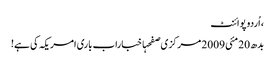
، اُردو پوائنٹ
بدھ 20 مئی 2009 مرکزی صفحہاخباراب باری امریکہ کی ہے!